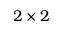
2 \times 2